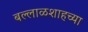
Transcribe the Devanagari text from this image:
बल्लाळशाहच्या